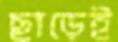
ছাড়েই